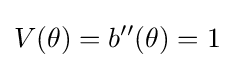
V(\theta )=b''(\theta )=1